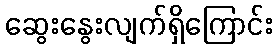
ဆွေးနွေးလျက်ရှိကြောင်း